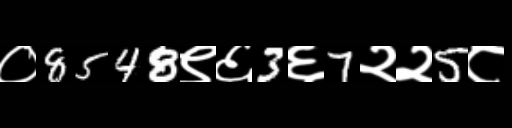
Text: ०8548९६3६7२२5८